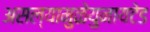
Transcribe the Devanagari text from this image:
असल्यामुळेयुनायटेड